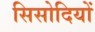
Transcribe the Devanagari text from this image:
सिसोदियों